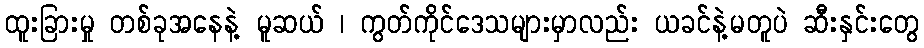
ထူးခြားမှု တစ်ခုအနေနဲ့ မူဆယ် ၊ ကွတ်ကိုင်ဒေသများမှာလည်း ယခင်နဲ့မတူပဲ ဆီးနှင်းတွေ